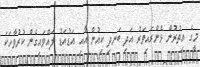
މީގެ އިތުރުން ޅެންރައިވަރު އަދި ބަނދި ކިއުން އާއި އަޑުއަޑު ލައްވައިގެން ކުރުވާހަކަ